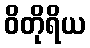
ဝိတိုရိယ